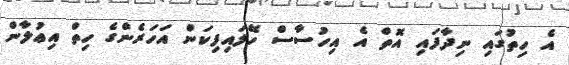
އެ ހިތުގައި ނިދާފައި އޮތް އެ އިހުސާސް ހޭލައިފިކަން އަހަރެންގެ ހިތް އިޢުލާން